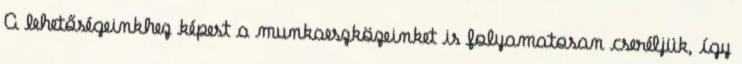
A lehetőségeinkhez képest a munkaeszközeinket is folyamatosan cseréljük, így